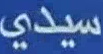
سيدي